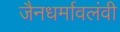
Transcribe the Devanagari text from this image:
जैनधर्मावलंवी